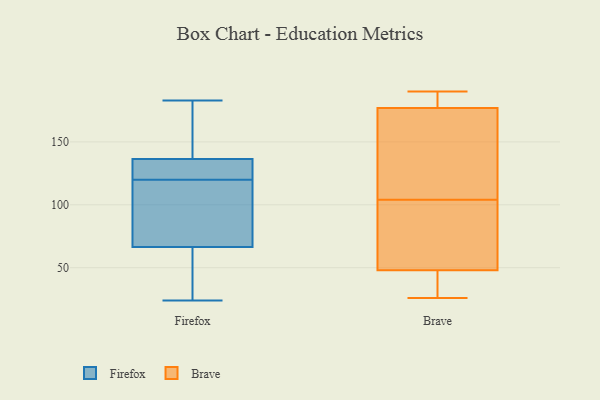
{"axis": {"x": "Net Income (USD K)", "y": "Value"}, "legend": ["Brave", "Firefox"], "data": [{"x": "", "y": 54, "type": "Firefox"}, {"x": "", "y": 122, "type": "Firefox"}, {"x": "", "y": 26, "type": "Firefox"}, {"x": "", "y": 120, "type": "Firefox"}, {"x": "", "y": 24, "type": "Firefox"}, {"x": "", "y": 71, "type": "Firefox"}, {"x": "", "y": 121, "type": "Firefox"}, {"x": "", "y": 171, "type": "Firefox"}, {"x": "", "y": 158, "type": "Firefox"}, {"x": "", "y": 107, "type": "Firefox"}, {"x": "", "y": 183, "type": "Firefox"}, {"x": "", "y": 135, "type": "Firefox"}, {"x": "", "y": 65, "type": "Firefox"}, {"x": "", "y": 105, "type": "Firefox"}, {"x": "", "y": 137, "type": "Firefox"}, {"x": "", "y": 26, "type": "Brave"}, {"x": "", "y": 26, "type": "Brave"}, {"x": "", "y": 177, "type": "Brave"}, {"x": "", "y": 190, "type": "Brave"}, {"x": "", "y": 73, "type": "Brave"}, {"x": "", "y": 172, "type": "Brave"}, {"x": "", "y": 107, "type": "Brave"}, {"x": "", "y": 48, "type": "Brave"}, {"x": "", "y": 130, "type": "Brave"}, {"x": "", "y": 188, "type": "Brave"}, {"x": "", "y": 179, "type": "Brave"}, {"x": "", "y": 66, "type": "Brave"}, {"x": "", "y": 35, "type": "Brave"}, {"x": "", "y": 101, "type": "Brave"}]}